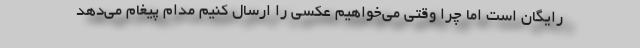
رایگان است اما چرا وقتی می‌خواهیم عکسی را ارسال کنیم مدام پیغام می‌دهد